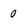
Character: 0